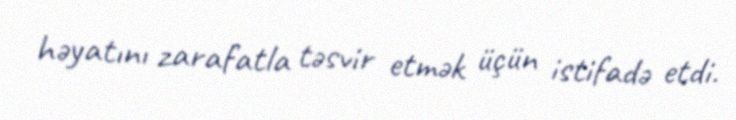
həyatını zarafatla təsvir etmək üçün istifadə etdi.